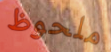
ملحوظ